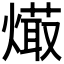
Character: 𤏱